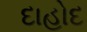
દાહોદ